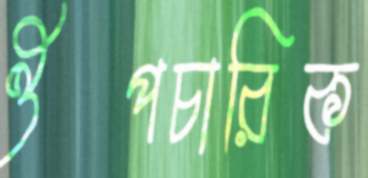
ঔপচারিক